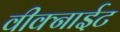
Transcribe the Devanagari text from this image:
वीक्नाईट